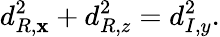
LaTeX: d_{R,\mathbf{x}}^{2}+d_{R,z}^{2}=d_{I,y}^{2}.